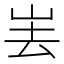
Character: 𱛔